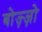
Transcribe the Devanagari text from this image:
बोज़्ज़ो